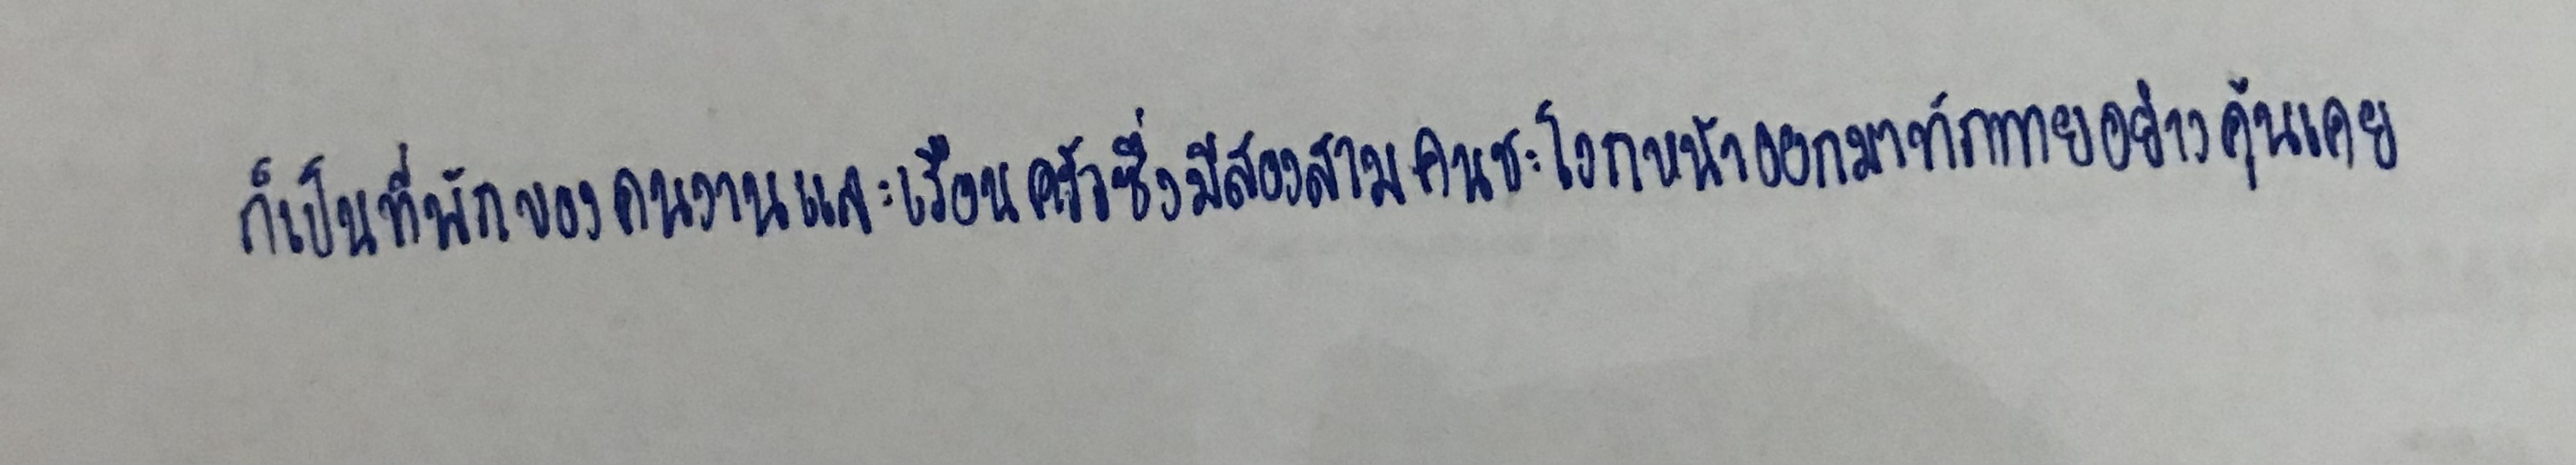
ก็เป็นที่พักของคนงานและเรือนครัวซึ่งมีสองสามคนชะโงกหน้าออกมาทักทายอย่างคุ้นเคย